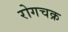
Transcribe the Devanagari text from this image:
रोगचक्र